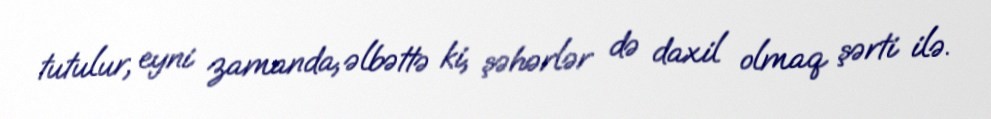
tutulur, eyni zamanda, əlbəttə ki, şəhərlər də daxil olmaq şərti ilə.